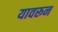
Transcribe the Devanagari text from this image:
यावरून